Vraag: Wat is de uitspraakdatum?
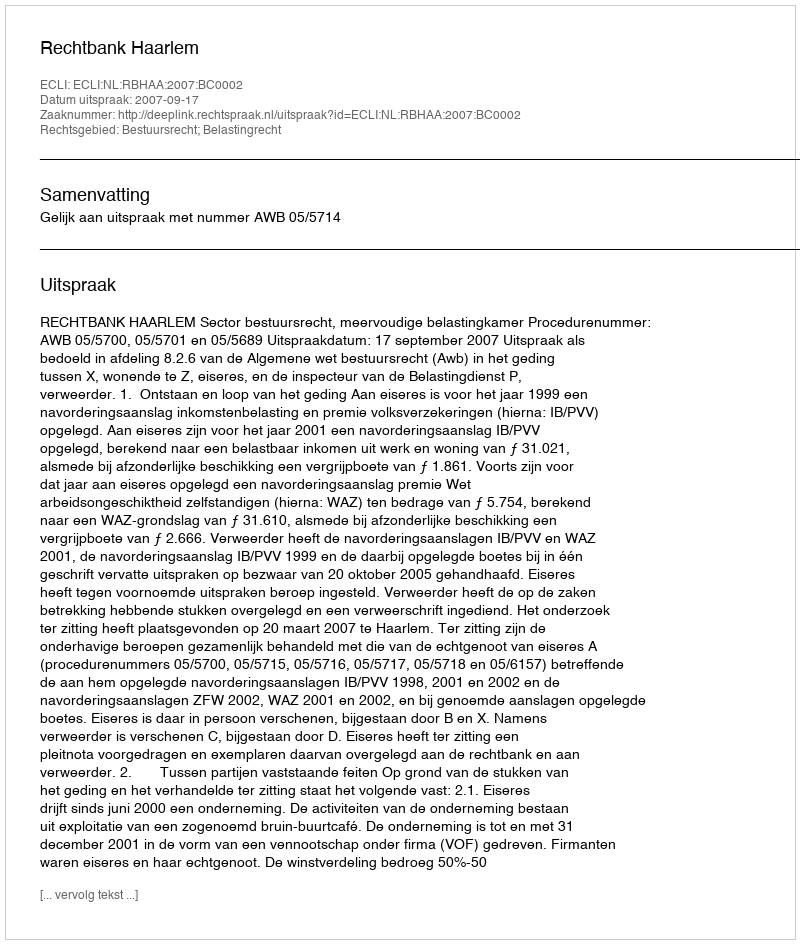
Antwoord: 2007-09-17